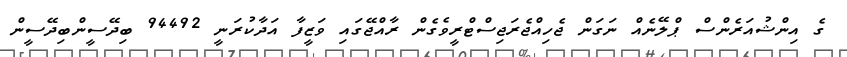
ގެ އިންޝުއަރެންސް ޕްލޭނެއް ނަގަން ޖެހިއްޖެރަޖިސްޓްރީވެގެން ރާއްޖޭގައި ވަޒީފާ އަދާކުރަނީ 94492 ބިދޭސީންބިދޭސީން